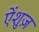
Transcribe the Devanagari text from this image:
ऐंशुज़